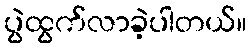
ပွဲထွက်လာခဲ့ပါတယ်။